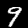
Digit: 9